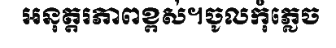
អនុត្តរភាពខ្ពស់។ចូលកុំភ្លេច